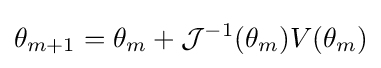
\theta _{m+1}=\theta _{m}+{\mathcal {J}}^{-1}(\theta _{m})V(\theta _{m})